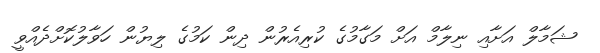
ޝަމާލް އަށާއި ނިލާމް އަށް މަގާމުގެ ކުރިއެރުން ދިން ކަމުގެ ލިޔުން ހަވާލުކޮށްދެއްވީ